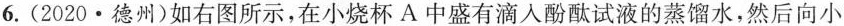
6.(2020·德州)如右图所示，在小烧杯A中盛有滴入酚酞试液的蒸馏水，然后向小